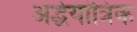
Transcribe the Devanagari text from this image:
अर्द्धयांत्रिक